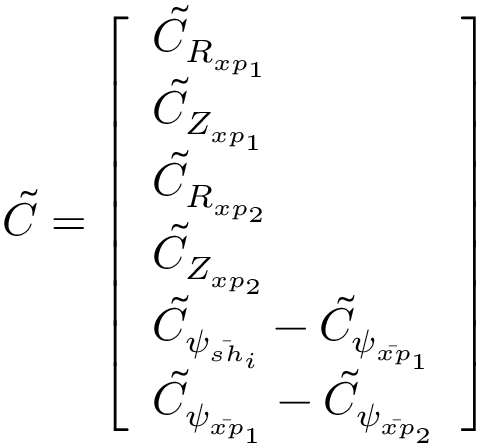
\Tilde { C } = \left[ \begin{array} { l } { \tilde { C } _ { R _ { x p _ { 1 } } } } \\ { \tilde { C } _ { Z _ { x p _ { 1 } } } } \\ { \tilde { C } _ { R _ { x p _ { 2 } } } } \\ { \tilde { C } _ { Z _ { x p _ { 2 } } } } \\ { \tilde { C } _ { \psi _ { \bar { s h } _ { i } } } - \tilde { C } _ { \psi _ { \bar { x p } _ { 1 } } } } \\ { \tilde { C } _ { \psi _ { \bar { x p } _ { 1 } } } - \tilde { C } _ { \psi _ { \bar { x p } _ { 2 } } } } \end{array} \right]